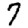
Digit: 7